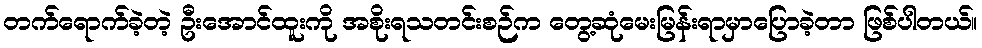
တက်ရောက်ခဲ့တဲ့ ဦးအောင်ထူးကို အစိုးရသတင်းစဉ်က တွေ့ဆုံမေးမြန်းရာမှာပြောခဲ့တာ ဖြစ်ပါတယ်။